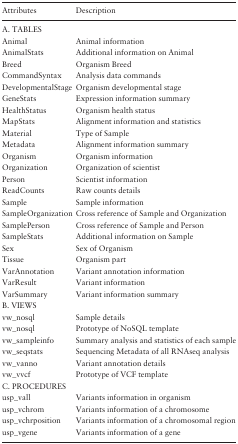
| Attributes | Description |
 | --- | --- |
 | <COLSPAN=2> A. TABLES |
 | Animal | Animal information |
 | AnimalStats | Additional information on Animal |
 | Breed | Organism Breed |
 | CommandSyntax | Analysis data commands |
 | DevelopmentalStage | Organism developmental stage |
 | GeneStats | Expression information summary |
 | HealthStatus | Organism health status |
 | MapStats | Alignment information and statistics |
 | Material | Type of Sample |
 | Metadata | Alignment information summary |
 | Organism | Organism information |
 | Organization | Organization of scientist |
 | Person | Scientist information |
 | ReadCounts | Raw counts details |
 | Sample | Sample information |
 | SampleOrganization | Cross reference of Sample and Organization |
 | SamplePerson | Cross reference of Sample and Person |
 | SampleStats | Additional information on Sample |
 | Sex | Sex of Organism |
 | Tissue | Organism part |
 | VarAnnotation | Variant annotation information |
 | VarResult | Variant information |
 | VarSummary | Variant information summary |
 | <COLSPAN=2> B. VIEWS |
 | vw_nosql | Sample details |
 | vw_nosql | Prototype of NoSQL template |
 | vw_sampleinfo | Summary analysis and statistics of each sample |
 | vw_seqstats | Sequencing Metadata of all RNAseq analysis |
 | vw_vanno | Variant annotation details |
 | vw_vvcf | Prototype of VCF template |
 | <COLSPAN=2> C. PROCEDURES |
 | usp_vall | Variants information in organism |
 | usp_vchrom | Variants information of a chromosome |
 | usp_vchrposition | Variants information of a chromosomal region |
 | usp_vgene | Variants information of a gene |